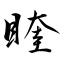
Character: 睳